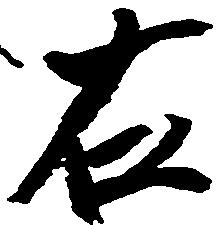
右